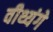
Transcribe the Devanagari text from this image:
वीथ्यंगे